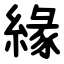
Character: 緣